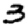
Digit: 3